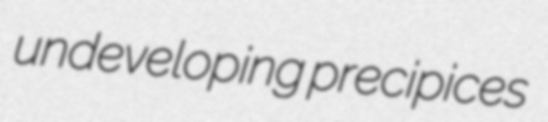
undeveloping precipices